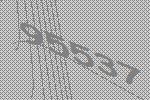
95537